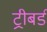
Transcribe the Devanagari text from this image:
ट्रीबर्ड